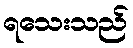
ရသေးသည်